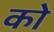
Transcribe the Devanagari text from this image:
को